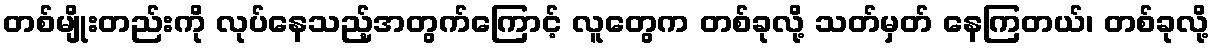
တစ်မျိုးတည်းကို လုပ်နေသည့်အတွက်ကြောင့် လူတွေက တစ်ခုလို့ သတ်မှတ် နေကြတယ်၊ တစ်ခုလို့